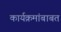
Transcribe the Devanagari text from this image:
कार्यक्रमांबाबत